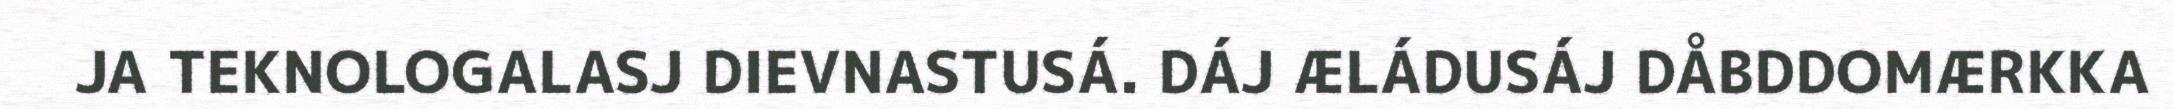
JA TEKNOLOGALASJ DIEVNASTUSÁ. DÁJ ÆLÁDUSÁJ DÅBDDOMÆRKKA